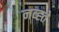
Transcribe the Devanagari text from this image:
नव्ह्ते